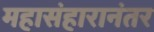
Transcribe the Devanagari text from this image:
महासंहारानंतर